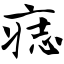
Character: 痣